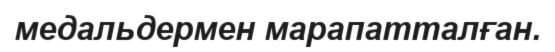
медальдермен марапатталған.